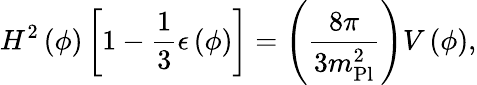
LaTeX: H^{2}\left(\phi\right)\left[1-{\frac{1}{3}}\epsilon\left(\phi\right)\right]=\left({\frac{8\pi}{3m_{\mathrm{Pl}}^{2}}}\right)V\left(\phi\right),